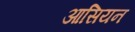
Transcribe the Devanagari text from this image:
आसियन